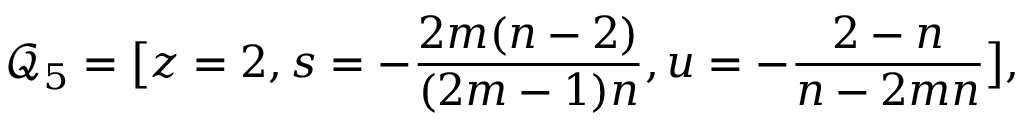
\mathcal { Q } _ { 5 } = \big [ z = 2 , s = - \frac { 2 m ( n - 2 ) } { ( 2 m - 1 ) n } , u = - \frac { 2 - n } { n - 2 m n } \big ] ,